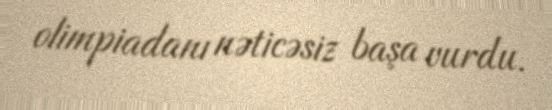
olimpiadanı nəticəsiz başa vurdu.